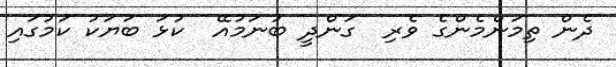
ދެން ތިމަންމެންގެ ވެރި  ގަންދީ ބުނަމުއޭ  ކުޅަ ބަޔަކު ކަމުގައި